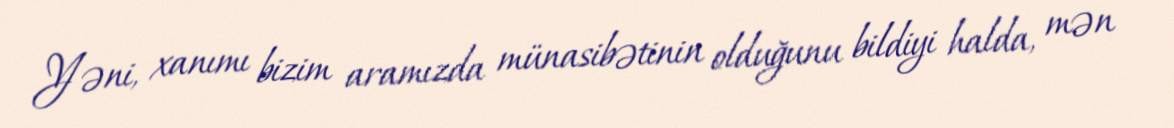
Yəni, xanımı bizim aramızda münasibətinin olduğunu bildiyi halda, mən